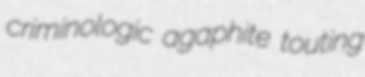
criminologic agaphite touting